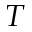
T